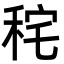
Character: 秺